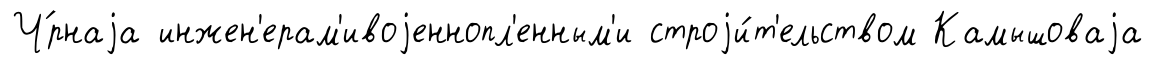
Ч́рнаjа инжен'ерам'ивоjеннопл'енным'и строjи́т'ельством Камышоваjа